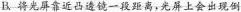
B.将光屏靠近凸透镜一段距离，光屏上会出现倒